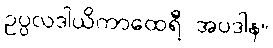
ဥပ္ပလဒါယိကာထေရီ အပဒါန။